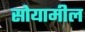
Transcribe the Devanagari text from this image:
सोयामील